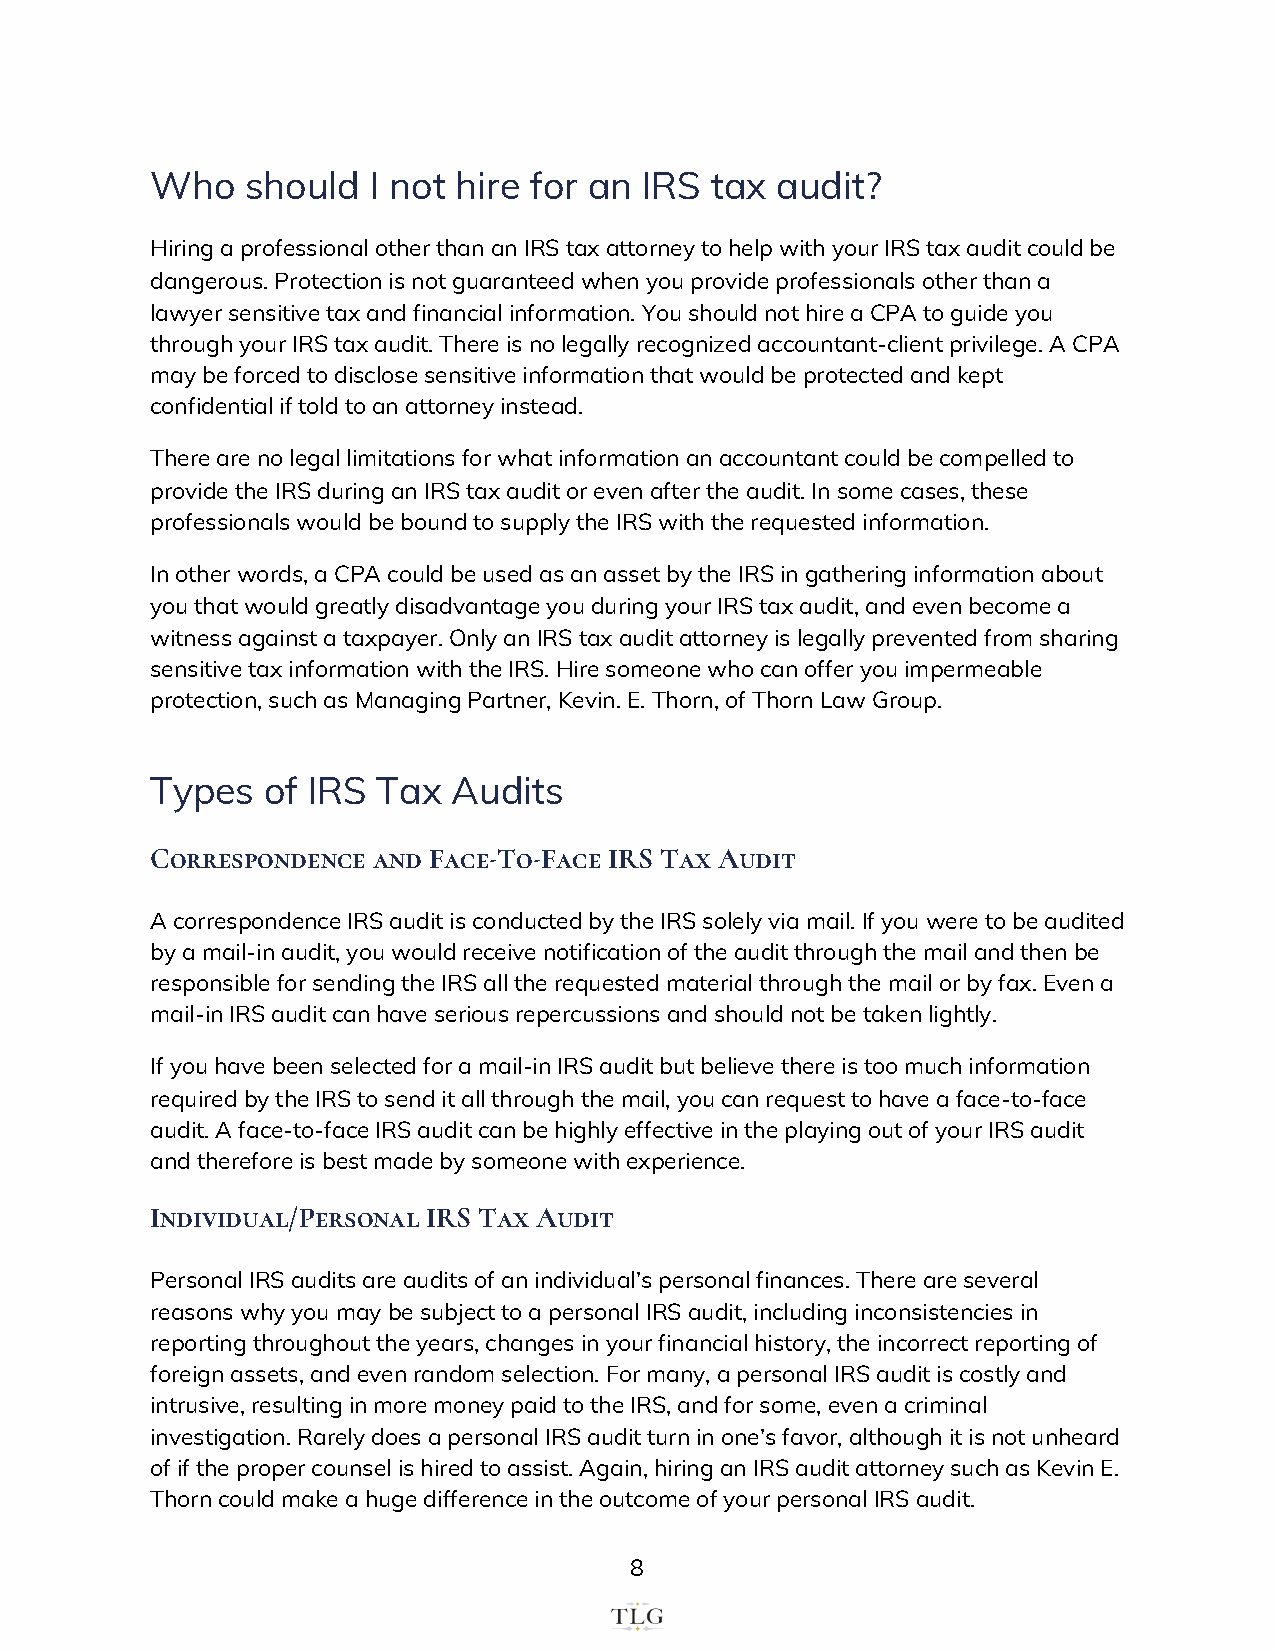
Who   should  I not hire for an IRS  tax audit?
 Hiring a professional other than an IRS tax attorney to help with your IRS tax audit could be
 dangerous. Protection is not guaranteed when you provide professionals other than a
 lawyer sensitive tax and financial information. You should not hire a CPA to guide you
 through your IRS tax audit. There is no legally recognized accountant-client privilege. A CPA
 may be forced to disclose sensitive information that would be protected and kept
 confidential if told to an attorney instead.
 There are no legal limitations for what information an accountant could be compelled to
 provide the IRS during an IRS tax audit or even after the audit. In some cases, these
 professionals would be bound to supply the IRS with the requested information.
 In other words, a CPA could be used as an asset by the IRS in gathering information about
 you that would greatly disadvantage you during your IRS tax audit, and even become a
 witness against a taxpayer. Only an IRS tax audit attorney is legally prevented from sharing
 sensitive tax information with the IRS. Hire someone who can offer you impermeable
 protection, such as Managing Partner, Kevin. E. Thorn, of Thorn Law Group.
 Types  of IRS  Tax  Audits
 Correspondence and Face-To-Face IRS Tax Audit
 A correspondence IRS audit is conducted by the IRS solely via mail. If you were to be audited
 by a mail-in audit, you would receive notification of the audit through the mail and then be
 responsible for sending the IRS all the requested material through the mail or by fax. Even a
 mail-in IRS audit can have serious repercussions and should not be taken lightly.
 If you have been selected for a mail-in IRS audit but believe there is too much information
 required by the IRS to send it all through the mail, you can request to have a face-to-face
 audit. A face-to-face IRS audit can be highly effective in the playing out of your IRS audit
 and therefore is best made by someone with experience.
 Individual/Personal IRS Tax Audit
 Personal IRS audits are audits of an individual’s personal finances. There are several
 reasons why you may be subject to a personal IRS audit, including inconsistencies in
 reporting throughout the years, changes in your financial history, the incorrect reporting of
 foreign assets, and even random selection. For many, a personal IRS audit is costly and
 intrusive, resulting in more money paid to the IRS, and for some, even a criminal
 investigation. Rarely does a personal IRS audit turn in one’s favor, although it is not unheard
 of if the proper counsel is hired to assist. Again, hiring an IRS audit attorney such as Kevin E.
 Thorn could make a huge difference in the outcome of your personal IRS audit.
 8